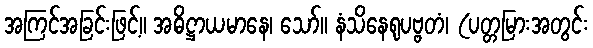
အကြင်အခြင်းဖြင့်။ အဓိဋ္ဌာယမာနေ၊ သော်။ နံသိနေရုပဗ္ဗတံ၊ (ပတ္တမြားအတွင်း